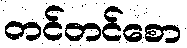
တင်တင်စော